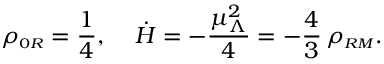
\rho _ { \scriptscriptstyle 0 R } = \frac { 1 } { 4 } , \; \; \; \; \dot { H } = - \frac { \mu _ { \Lambda } ^ { 2 } } { 4 } = - \frac { 4 } { 3 } \, \rho _ { \scriptscriptstyle R M } .